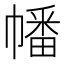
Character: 幡